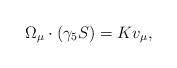
LaTeX: \begin{align*}\Omega_{\mu}\cdot(\gamma_5 S) = K v_{\mu} ,\end{align*}